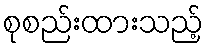
စုစည်းထားသည့်